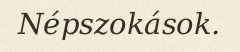
Népszokások.